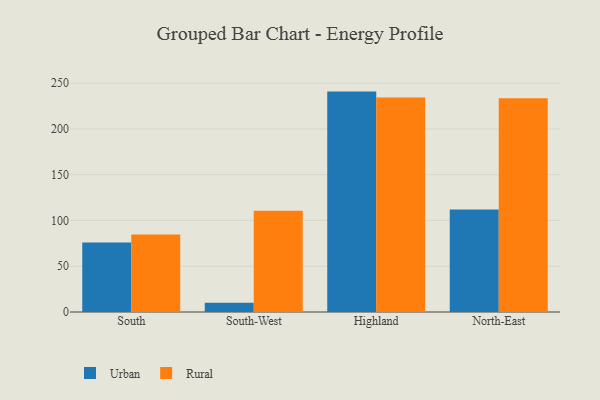
{"axis": {"x": "Region", "y": "Active Users"}, "legend": ["Rural", "Urban"], "data": [{"x": "South", "y": 75.8, "type": "Urban"}, {"x": "South", "y": 84.6, "type": "Rural"}, {"x": "South-West", "y": 10.1, "type": "Urban"}, {"x": "South-West", "y": 110.7, "type": "Rural"}, {"x": "Highland", "y": 240.8, "type": "Urban"}, {"x": "Highland", "y": 234.4, "type": "Rural"}, {"x": "North-East", "y": 112.0, "type": "Urban"}, {"x": "North-East", "y": 233.6, "type": "Rural"}]}